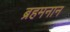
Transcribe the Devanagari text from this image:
ब्रहमनान